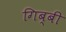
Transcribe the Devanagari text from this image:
गिब्बी